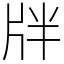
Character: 牉